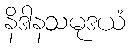
နိဒါနသမုဒယံ